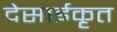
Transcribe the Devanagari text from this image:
देसाईकृत